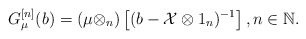
\begin{align*}G_\mu^{[n]}(b)=(\mu\otimes_n)\left[(b-\mathcal X\otimes1_n)^{-1}\right],n\in\mathbb N.\end{align*}